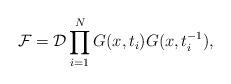
LaTeX: \begin{align*}{\cal F} = {\cal D}\prod_{i=1}^{N}G(x,t_{i})G(x,t_{i}^{-1}), \end{align*}